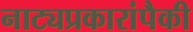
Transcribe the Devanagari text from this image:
नाट्यप्रकारांपैकी